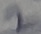
Text: 2